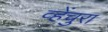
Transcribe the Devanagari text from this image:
व्हेंचुरा